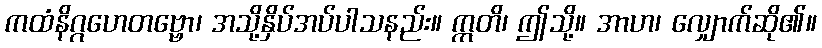
ကထံနိဂ္ဂဟေတဗ္ဗော၊ အသို့နှိပ်အပ်ပါသနည်း။ ဣတိ၊ ဤသို့။ အာဟ၊ လျှောက်ဆို၏။